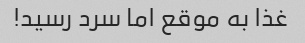
غذا به موقع اما سرد رسید!